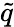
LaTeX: \tilde{q}